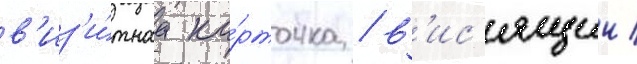
в'из'и́тнаа ка́рточка / в'ис'ящии